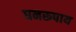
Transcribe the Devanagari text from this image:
घनरूपाय